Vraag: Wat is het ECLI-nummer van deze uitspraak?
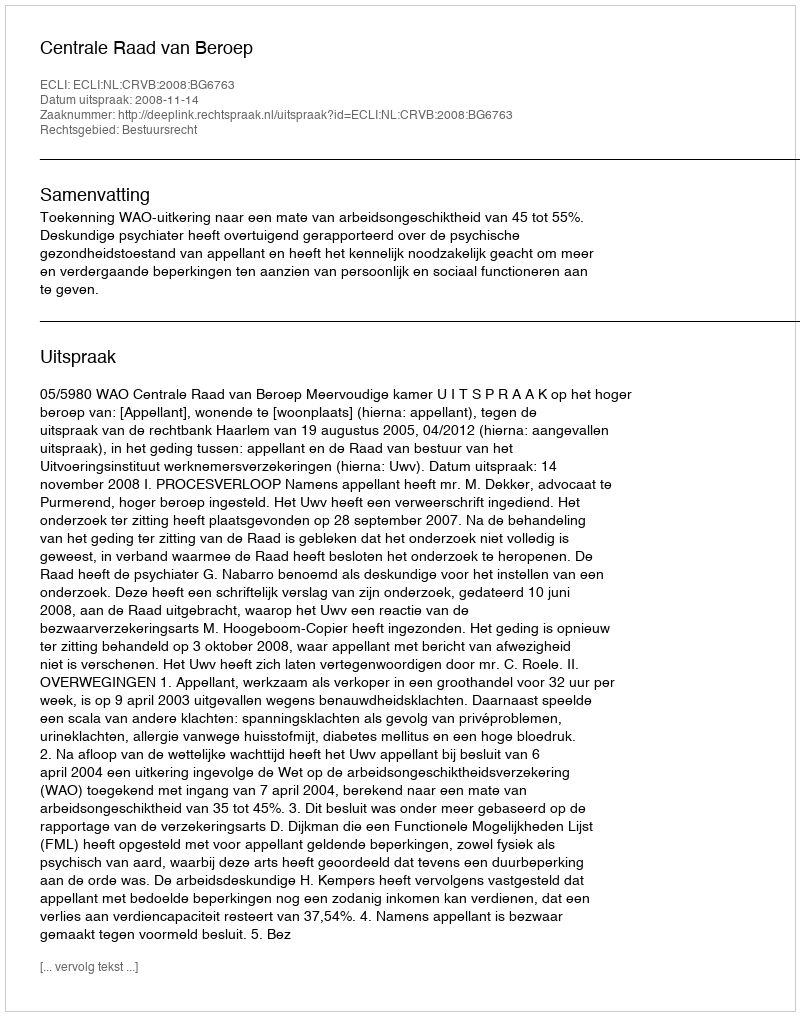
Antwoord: ECLI:NL:CRVB:2008:BG6763